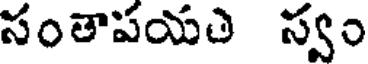
సంతాపయతి స్వం